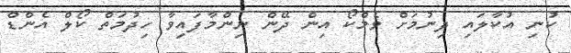
ކުނި އުކާލައި ދިނުމަށް ވެމްކޯ އިން ދޭން ނިންމާފައިވާ ހިދުމަތް ކޯލް އެންޑް